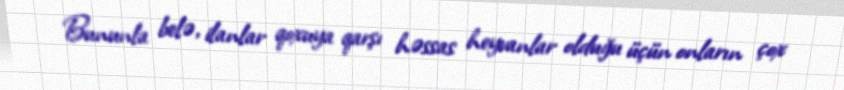
Bununla belə, ilanlar qoxuya qarşı həssas heyvanlar olduğu üçün onların çox